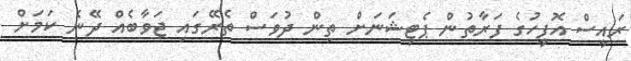
ރައީސް އޮފީހުގެ ފަރާތުން ޕެޓިޝަނަށް ތިން ދުވަސް ތެރޭގައި ޖަވާބެއް ދޭނެ ކަމަށް